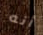
أنه